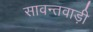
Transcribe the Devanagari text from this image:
सावन्तवाड़ी